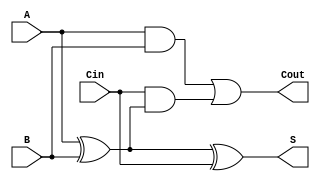
module LowPowerFullAdder (
    input wire A,      // First input bit
    input wire B,      // Second input bit
    input wire Cin,    // Carry-in bit
    output wire S,     // Sum output
    output wire Cout    // Carry-out output
);

// Internal wires for intermediate signals
wire AxorB;          // Intermediate signal for A XOR B

// Compute the sum (S) using XOR gates
assign AxorB = A ^ B; // A XOR B
assign S = AxorB ^ Cin; // (A XOR B) XOR Cin

// Compute the carry-out (Cout)
assign Cout = (A & B) | (Cin & AxorB); // (A AND B) OR (Cin AND (A XOR B))

endmodule